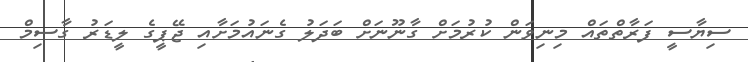
ސިޔާސީ ފަރާތްތައް މިނިވަން ކުރުމަށް ގާނޫނަށް ބަދަލު ގެނައުމަށާއި ޖޭޕީގެ ލީޑަރު ގާސިމް